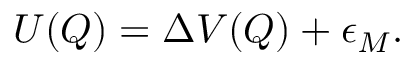
U ( \boldsymbol { Q } ) = \Delta V ( \boldsymbol { Q } ) + \epsilon _ { M } .